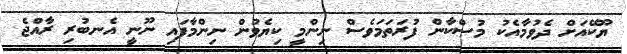
ޔޫކޭއަށް ދެވުމާއެކު މުސްކާން ފުރަތަމަވެސް ނިންމީ ކިޔެވުން ނިންމާފައި ނޫނީ އެނބުރި ރާއްޖެ